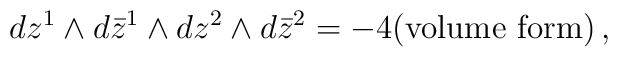
dz^1\wedge d\bar{z}^1 \wedge dz^2\wedge d\bar{z}^2 = -4(\textrm{volume form})\,,